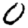
Digit: 0